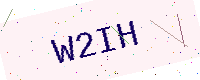
Text: W2IH